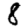
Digit: 8